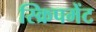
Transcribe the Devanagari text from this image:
स्क्रिपमेंट